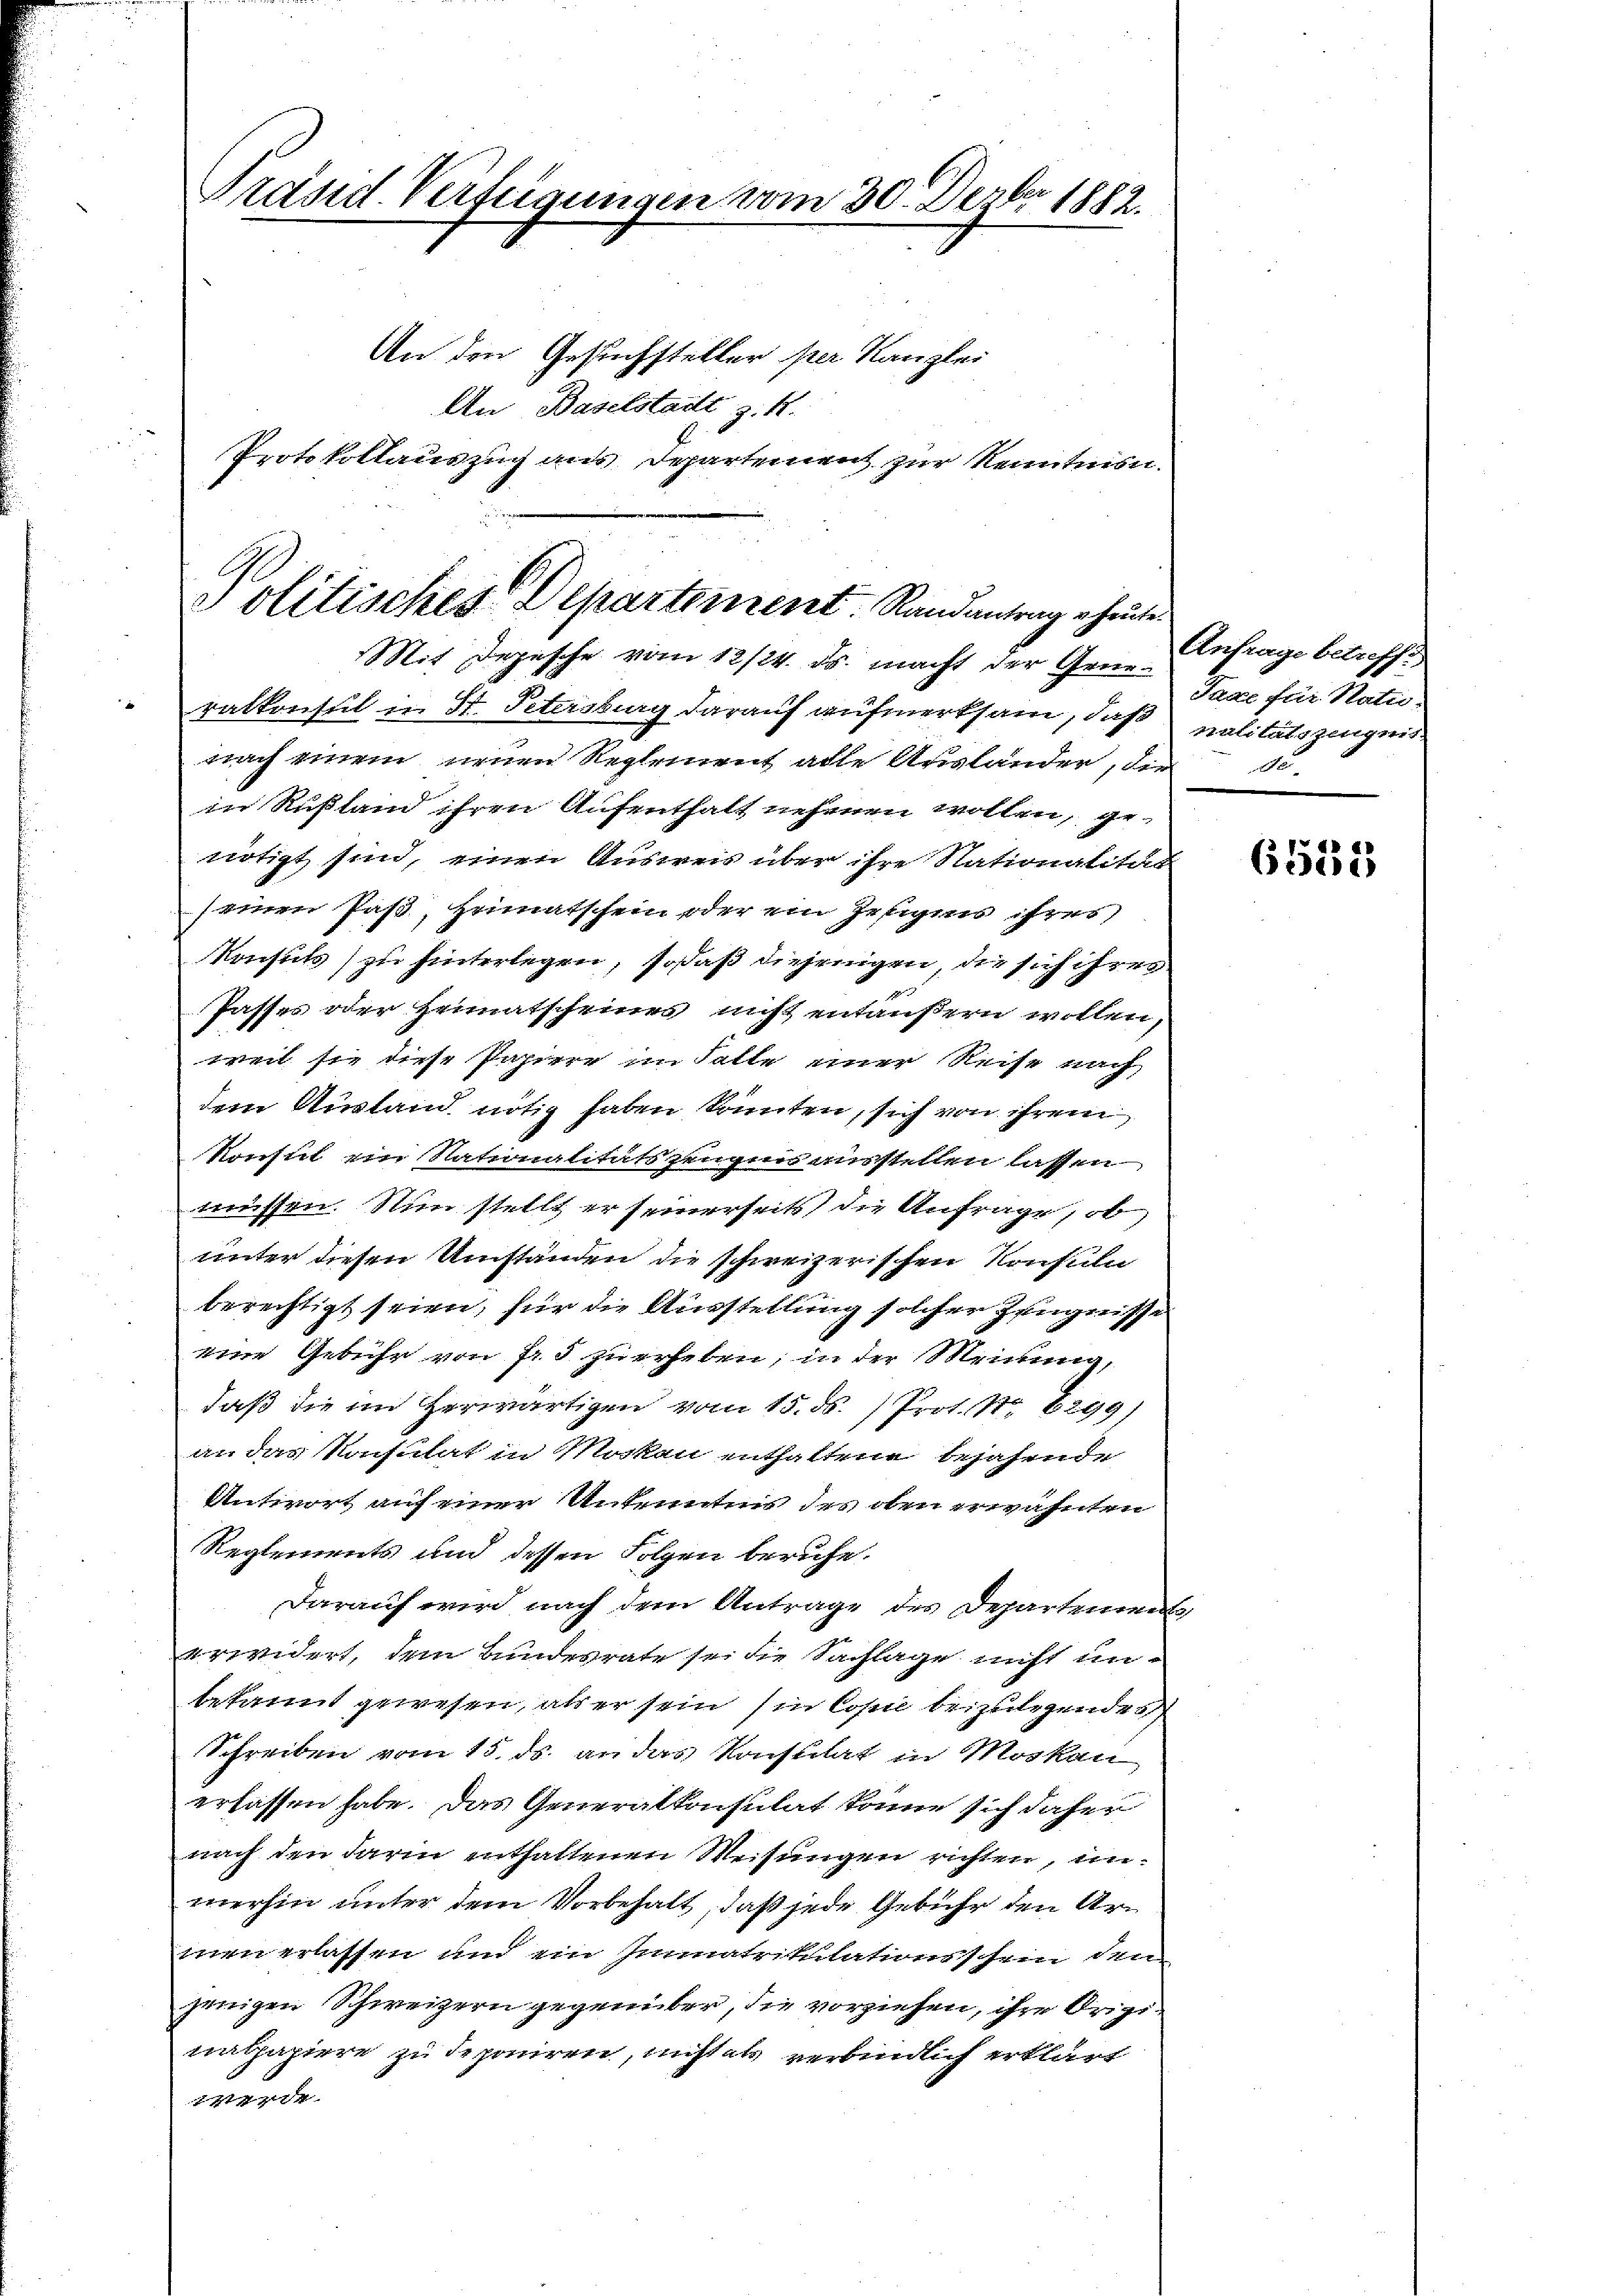
Präsid. Verteigungen vom 30. Dezbr. 1882.
An den Gesuchsteller per Kanzlei
An Baselstadt z. R.
Protokollauszug aus Departement zur Kenntnisn

volitisches Departement. Randantrag heute.
Mit Depesche vom 12/24. ds. macht der Gene¬

ralkonsul in I. Petersburg darauf aufmerksam, daß
nach einem neuen Reglement alle Ausländer, die
in Rußland ihren Aufenthalt nehmen wollen, ge-
nötigt sind, einen Ausweis über ihre Nationalität
seinen Paß, Heimatschein oder ein Zeugens ihrer,
Konsuls zu hinterlegen, sodaß diejenigen, die sich ihres
Passes oder Heimatscheines nicht entäußern wollen
weil sie diese Papiere im Falle einer Reise nach
dem Ausland nötig haben könnten, sich von ihrem
Konsul ein Nationalitätszeugen ausstellen lassen.
müssen. Nun stellt er seinerseits die Anfrage, ob
unter diesen Umständen die schweizerischen Konsuln
berechtigt seien, für die Ausstellung solcher Zeugnisse
eine Gebühr von fr. 5 zu erheben; in der Meinung,
daß die im Herwärtigen vom 15. ds. 1 Prot. N. 6299)
an das Konsulat in Moskau enthaltene bejahende
Antwort auf einer Unkenntnis des oben erwähnten
Reglements und dessen Folgen beruhe.
Darauf wird nach dem Antrage des Departement
erwidert, dem Bundesrate sei die Sachlage nicht un-
bekannt gewesen, als er sein sin Cohne beizulegendes
Schreiben vom 15. ds. an das Konsulat in Moskau
erlassen habe. Das Generalkonsulat könne sich daher
nach den darin enthaltenen Weisungen richten, un
merhin unter dem Vorbehalt, daß jede Gebühr den Armen erlassen und ein Immatrikulationsschein den
jenigen Schweizern gegenüber, die vorziehen, ihre Origi
nalpapiere zu deponiren, nicht als verbindlich erklärt
edr.

Anfrage betreff
Taxe für Natu-
palitätszeugnis.
do

6533